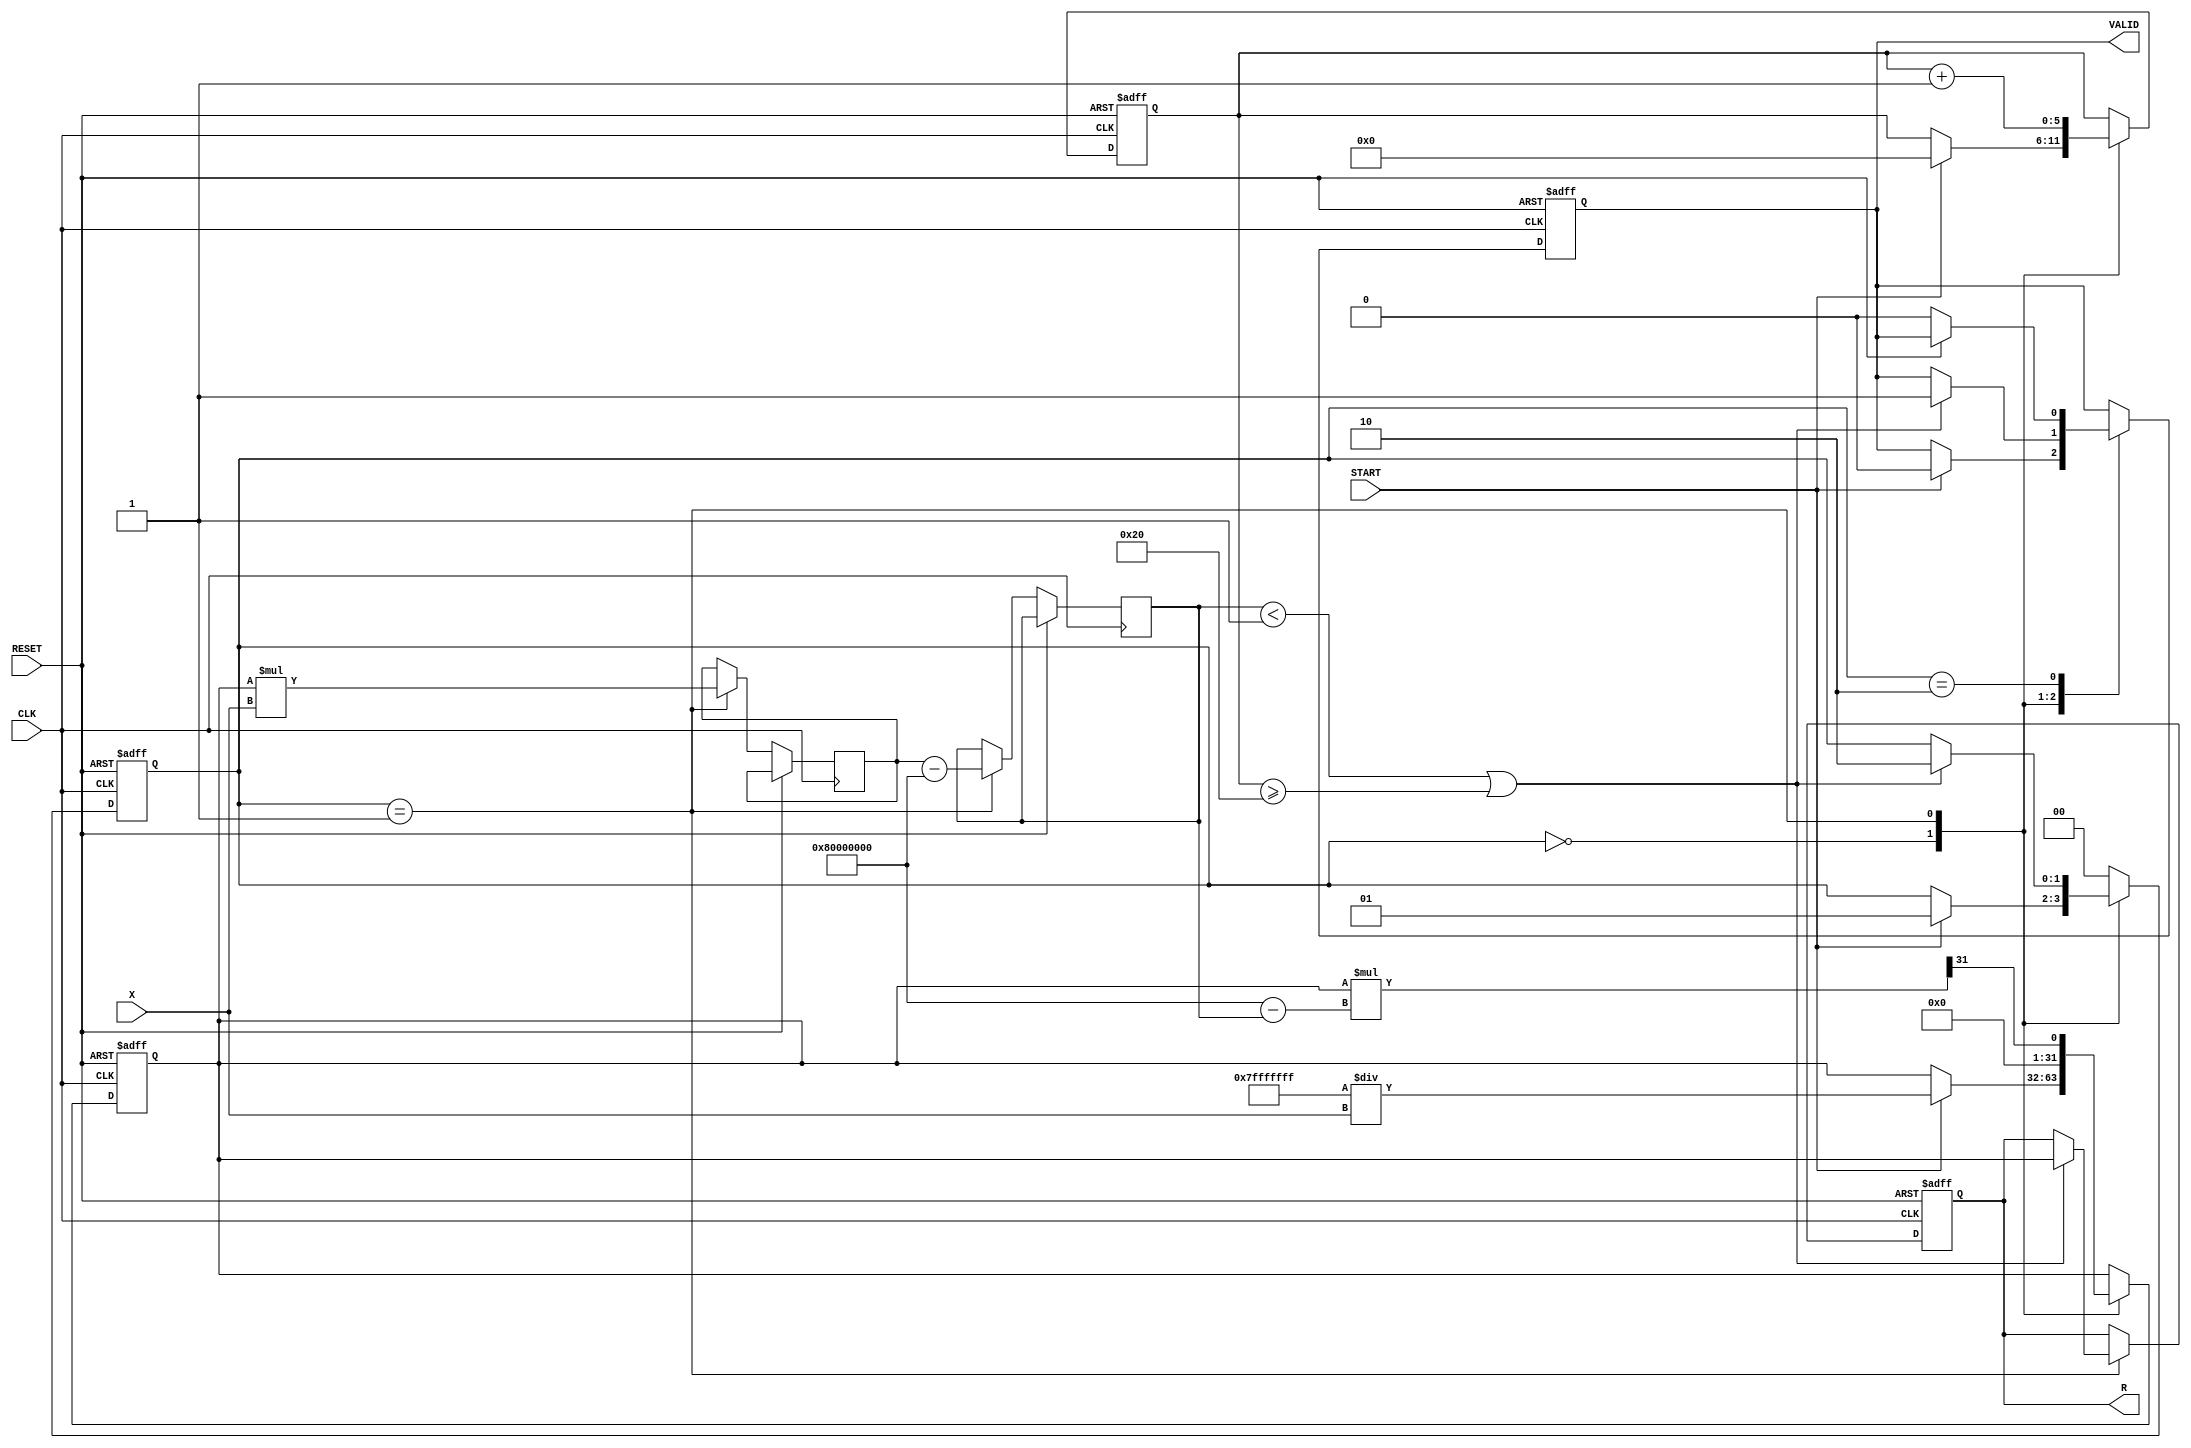
module iterative_reciprocal (
    input wire [31:0] X,        // Input value (Q1.31 format)
    input wire START,           // Start signal
    input wire CLK,             // Clock signal
    input wire RESET,           // Asynchronous reset
    output reg [31:0] R,        // Reciprocal result (Q1.31 format)
    output reg VALID            // Valid signal
);

    // Internal registers
    reg [31:0] approx;          // Current approximation of the reciprocal
    reg [5:0] iteration_count;  // Iteration counter
    reg [31:0] product;         // Product of approx and input
    reg [31:0] diff;            // Difference for convergence check
    reg [31:0] threshold;       // Convergence threshold
    reg [1:0] state;            // State machine for control logic

    // State encoding
    localparam IDLE = 2'b00;
    localparam COMPUTE = 2'b01;
    localparam DONE = 2'b10;

    // Threshold for convergence (can be adjusted based on precision requirements)
    initial begin
        threshold = 32'h00000001; // Example threshold (1 in Q1.31)
    end

    // Initial guess for the reciprocal (using a simple approximation 1/X)
    function [31:0] initial_guess(input [31:0] x);
        begin
            initial_guess = 32'h7FFFFFFF / x; // Simple approximation for 1/X
        end
    endfunction

    always @(posedge CLK or posedge RESET) begin
        if (RESET) begin
            // Reset internal states
            R <= 32'b0;
            VALID <= 1'b0;
            approx <= 32'b0;
            iteration_count <= 6'b0;
            state <= IDLE;
        end else begin
            case (state)
                IDLE: begin
                    if (START) begin
                        approx <= initial_guess(X); // Set initial guess
                        iteration_count <= 6'b0; // Reset iteration count
                        VALID <= 1'b0; // Reset valid signal
                        state <= COMPUTE; // Move to computation state
                    end
                end

                COMPUTE: begin
                    // Calculate product of approx and input value
                    product <= approx * X;

                    // Calculate the difference from 1 (Q1.31)
                    diff <= product - 32'h80000000; // 1 in Q1.31 is 0x80000000

                    // Update approximation using Newton-Raphson formula
                    approx <= approx * (32'h80000000 - diff) >> 31; // approx = approx * (1 - diff)

                    // Increment iteration count
                    iteration_count <= iteration_count + 1;

                    // Check for convergence or maximum iterations
                    if ((diff < threshold) || (iteration_count >= 6'd32)) begin
                        R <= approx; // Set result
                        VALID <= 1'b1; // Set valid signal
                        state <= DONE; // Move to done state
                    end
                end

                DONE: begin
                    // Wait for reset or new START signal
                    if (RESET) begin
                        state <= IDLE; // Go back to IDLE on reset
                    end else begin
                        VALID <= 1'b0; // Clear valid signal after output is taken
                        state <= IDLE; // Go back to IDLE to wait for a new start
                    end
                end

                default: state <= IDLE; // Default state
            endcase
        end
    end

endmodule